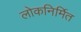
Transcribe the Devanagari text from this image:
लोकनिर्मित